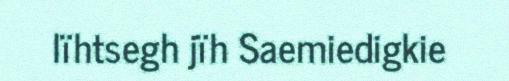
lïhtsegh jïh Saemiedigkie